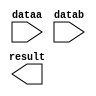
module sub_30 (
	dataa,
	datab,
	result);

	input	[29:0]  dataa;
	input	[29:0]  datab;
	output	[29:0]  result;

endmodule